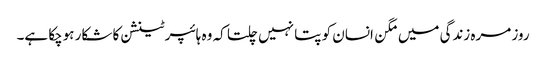
روز مرہ زندگی میں مگن انسان کو پتا نہیں چلتا کہ وہ ہائپرٹینشن کا شکار ہوچکا ہے۔